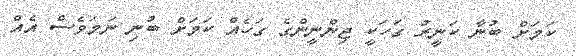
ކަމަށް ބުނާ ކަނީރު ގަހަކީ ޖިންނީންގެ ގަހެއް ކަމަށް ބުނި ނަމަވެސް އެއް